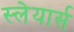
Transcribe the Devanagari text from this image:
स्लेयार्स